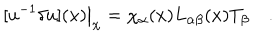
[ u ^ { - 1 } \delta u ] ( x ) \big | _ { \chi } = { \chi _ { \alpha } ( x ) } L _ { \alpha \beta } ( x ) T _ { \beta } \quad .